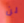
لن